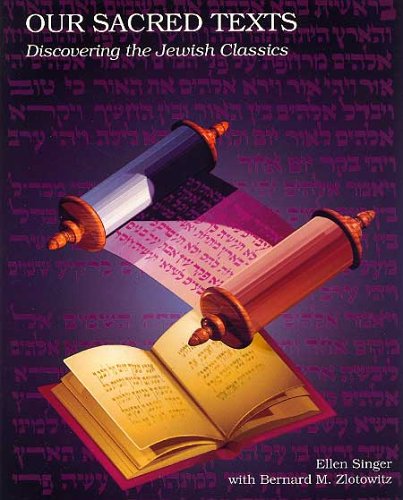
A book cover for Our Sacred Texts: Discovering the Jewish Classics; Ellen Singer; Children's Books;